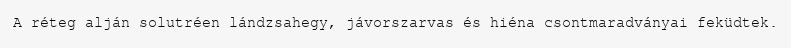
A réteg alján solutréen lándzsahegy, jávorszarvas és hiéna csontmaradványai feküdtek.